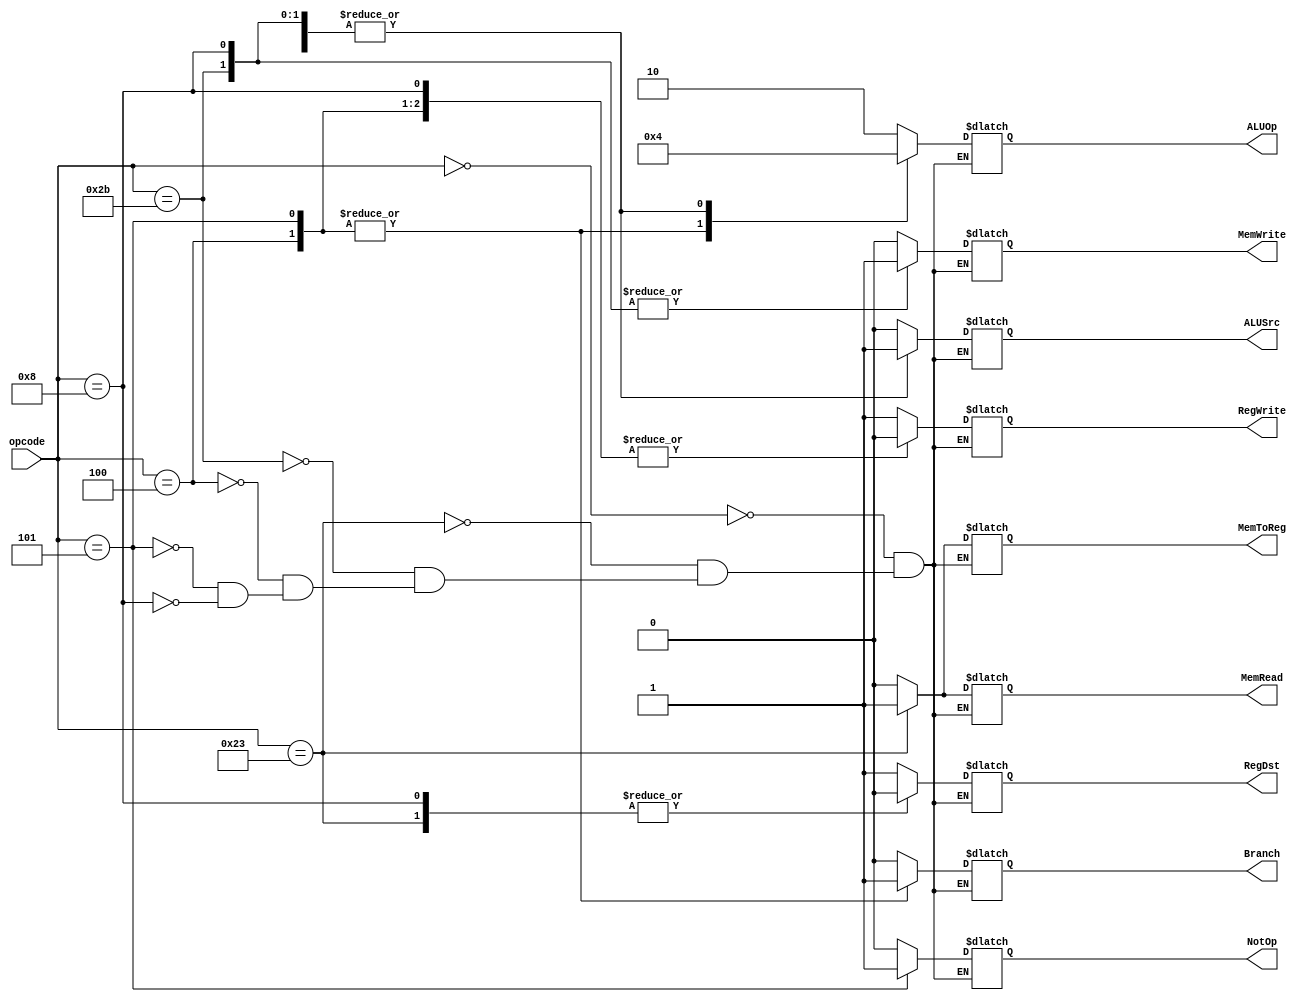
// Small control unitM
//     Inputs: opcode, func
//     Output: op, wen
// Operations: formatR

module Control #(parameter R=6,P=4)(	output reg MemRead,
					output reg MemWrite,
					output reg RegWrite,
					output reg Branch,
					output reg RegDst,
					output reg ALUSrc,
					output reg [1:0]ALUOp,
					output reg MemToReg,
					output reg NotOp,
					//output reg [1:0]sizeMem,
				 	input [R-1:0]opcode);

parameter 	format_R = 0;
parameter   		LW		= 6'h23,
			SW		= 6'h2b,
			BEQ		= 6'h04,
			BNE		= 6'h05,
			ADDI	= 6'h08;


always @(*)
begin
	case(opcode)
		format_R :
		begin	
			
			RegDst 		= 1;
			ALUSrc  	= 0;
			MemToReg 	= 0;
			RegWrite	= 1;
			MemRead		= 0;
			MemWrite	= 0;
			Branch		= 0;
			ALUOp		= 2'b10;
			NotOp		= 0;

		end	
		LW		 : 	
		begin 
			RegDst 		= 0;
			ALUSrc  	= 1;
			MemToReg 	= 1;
			RegWrite	= 1;
			MemRead		= 1;
			MemWrite	= 0;
			Branch		= 0;
			ALUOp		= 0;
			NotOp		= 0;
		end
		SW 		: 
		begin
			RegDst 		= 'bx;
			ALUSrc  	= 1;
			MemToReg 	= 'bx;
			RegWrite	= 0;
			MemRead		= 0;
			MemWrite	= 1;
			Branch		= 0;
			ALUOp		= 0;
			NotOp		= 0;
		end
		BEQ		:
		begin
			RegDst 		= 'bx;
			ALUSrc  	= 0;
			MemToReg 	= 'bx;
			RegWrite	= 0;
			MemRead		= 0;
			MemWrite	= 0;
			Branch		= 1;
			ALUOp		= 1;
			NotOp		= 0;	
		end	
		BNE		:
		begin
			RegDst 		= 'bx;
			ALUSrc  	= 0;
			MemToReg 	= 'bx;
			RegWrite	= 0;
			MemRead		= 0;
			MemWrite	= 0;
			Branch		= 1;
			ALUOp		= 1;
			NotOp		= 1;		
		end	
		ADDI		:
		begin
			RegDst 		= 0;
			ALUSrc  	= 1;
			MemToReg 	= 0;
			RegWrite	= 0;
			MemRead		= 0;
			MemWrite	= 1;
			Branch		= 0;
			ALUOp		= 0;
			NotOp		= 0;		
		end		

			
	endcase
	
end

endmodule